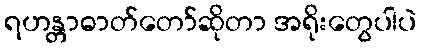
ရဟန္တာဓာတ်တော်ဆိုတာ အရိုးတွေပါပဲ